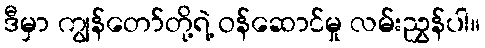
ဒီမှာ ကျွန်တော်တို့ရဲ့ ဝန်ဆောင်မှု လမ်းညွှန်ပါ။